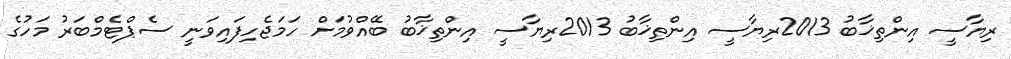
ރިޔާސީ އިންތިޚާބު 2013ރިޔާސީ އިންތިޚާބު 2013ރިޔާސީ އިންތިޚާބު ބޭއްވުމަށް ހަމަޖެހިފައިވަނީ ސެޕްޓެމްބަރު މަހުގެ